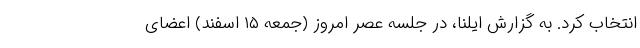
انتخاب کرد. به گزارش ایلنا، در جلسه عصر امروز (جمعه ۱۵ اسفند) اعضای